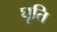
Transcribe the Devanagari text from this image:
घृति